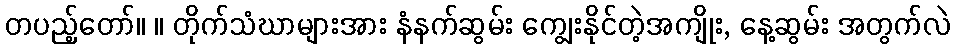
တပည့်တော်။ ။ တိုက်သံဃာများအား နံနက်ဆွမ်း ကျွေးနိုင်တဲ့အကျိုး, နေ့ဆွမ်း အတွက်လဲ